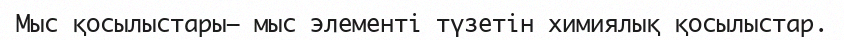
Мыс қосылыстары– мыс элементі түзетін химиялық қосылыстар.